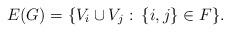
LaTeX: \begin{align*} E(G)=\{V_i\cup V_j:\: \{i,j\} \in F\}.\end{align*}